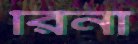
রিনা